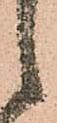
候